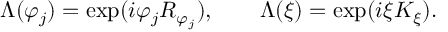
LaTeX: \Lambda ( \varphi _ { j } ) = \exp ( i \varphi _ { j } R _ { \varphi _ { j } } ) , \qquad \Lambda ( \xi ) = \exp ( i \xi K _ { \xi } ) .